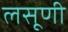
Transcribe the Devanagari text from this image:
लसूणी